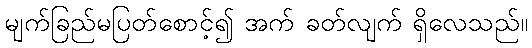
မျက်ခြည်မပြတ်စောင့်၍ အက် ခတ်လျက် ရှိလေသည်။